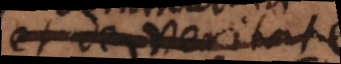
et de Veritate